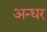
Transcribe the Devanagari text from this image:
अन्धर